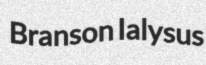
Branson Ialysus